Civil Veterinary Dept. Assam report 1927-50 - 1927-1950
Year: 1927
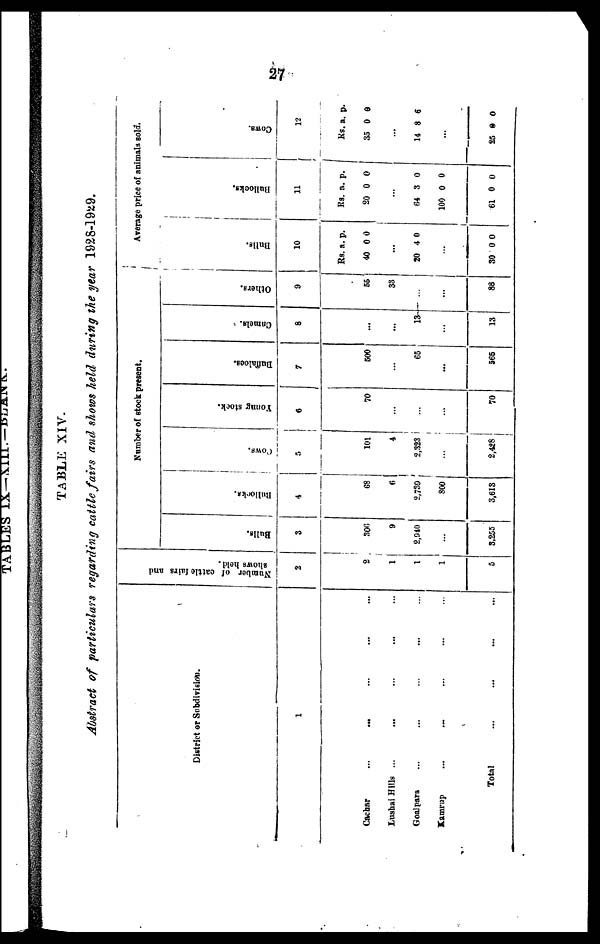
27
TABLE XIV.
Abstract of particulars regarding cattle fairs and shows held during the year 1928-1929.
District or Subdivision.
1
Cachar
...
... ... ...
Lushai Hills ... ... ... ...
Goalpara ... ... ... ...
Kamrup
...
... ... ...
Total ... ... ... ...
Number of cattle fairs and
shows held.
2
2
1
1
1
5
Number of stock present.
Bulls.
3
300
9
2,940
...
3,255
Bullocks.
4
68
6
2,739
800
3,613
Cows.
101
4
2,323
...
2,428
Young
stock.
6
70
...
...
...
70
Buffaloes.
7
600
...
65
...
565
Camels.
8
...
...
13
...
13
Others.
9
55
33
...
...
88
Average price of animals sold.
Bulls.
10
Rs.
40
a.
0
p.
0
...
20 4 0
...
30 0 0
Bul l
ocks .
11
Rs.
20
a.
0
p.
0
...
64
100
61
3
0
0
0
0
0
Cows.
12
Rs.
35
a.
0
p.
0
...
14 8 6
...
25
0 0